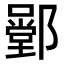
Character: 𨞱